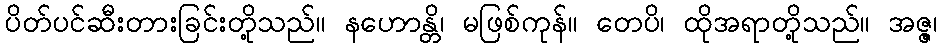
ပိတ်ပင်ဆီးတားခြင်းတို့သည်။ နဟောန္တိ၊ မဖြစ်ကုန်။ တေပိ၊ ထိုအရာတို့သည်။ အဇ္ဇ၊